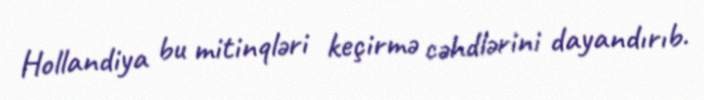
Hollandiya bu mitinqləri keçirmə cəhdlərini dayandırıb.